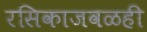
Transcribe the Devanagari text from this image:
रसिकाजवळही